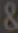
&